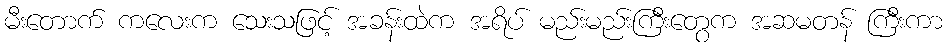
မီးတောက် ကလေးက သေးသဖြင့် အခန်းထဲက အရိပ် မည်းမည်းကြီးတွေက အဆမတန် ကြီးကာ